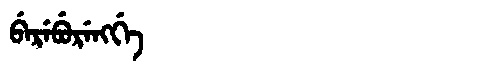
Manchu: ᠪᡝᡵᡝᠪᡠᡵᡝᠩᡤᡝ
Romanization: BEREBURENGGE